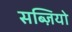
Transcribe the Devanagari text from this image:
सब्ज़ियो